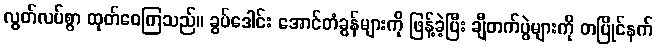
လွတ်လပ်စွာ ထုတ်ဝေကြသည်။ ခွပ်ဒေါင်း အောင်တံခွန်များကို ဖြန့်ခဲ့ပြီး ချီတက်ပွဲများကို တပြိုင်နက်